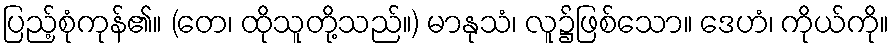
ပြည့်စုံကုန်၏။ (တေ၊ ထိုသူတို့သည်။) မာနုသံ၊ လူ၌ဖြစ်သော။ ဒေဟံ၊ ကိုယ်ကို။